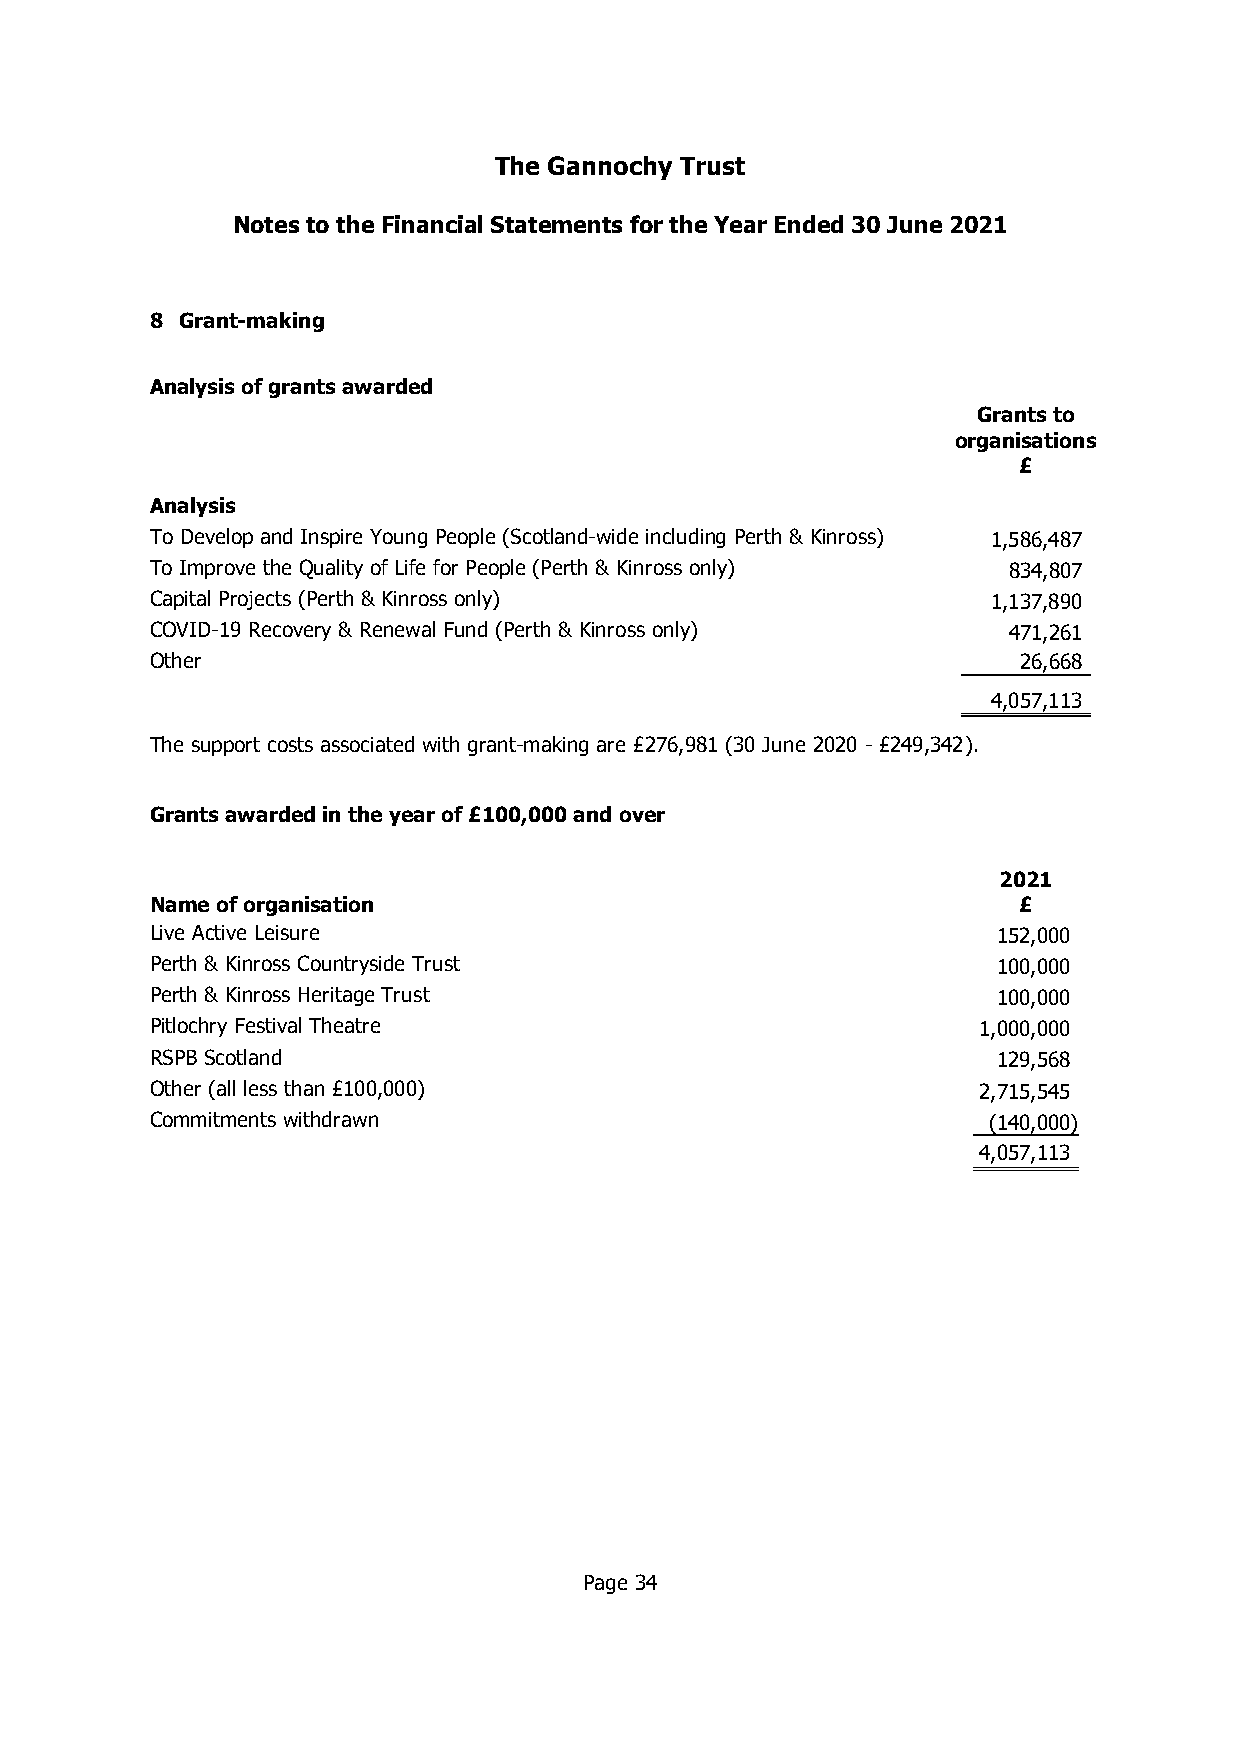
The Gannochy Trust
 Notes to the Financial Statements for the Year Ended 30 June 2021
 8 Grant-making
 Analysis ofgrants awarded
 Grants to
 organisations
 £
 Analysis
 To Develop and Inspire Young People (Scotland-wide including Perth & Kinross) 1,586,487
 To Improve the Quality of Life for People (Perth & Kinross only) 834,807
 Capital Projects (Perth & Kinross only)                 1,137,890
 COVID-19 Recovery & Renewal Fund (Perth & Kinross only)  471,261
 Other                                                    26,668
 4,057,113
 The support costs associated with grant-making are £276,981 (30 June 2020 - £249,342).
 Grants awarded inthe year of £100,000and over
 2021
 Nameof organisation                                      £
 Live Active Leisure                                     152,000
 Perth & Kinross Countryside Trust                       100,000
 Perth & Kinross Heritage Trust                          100,000
 Pitlochry Festival Theatre                             1,000,000
 RSPB Scotland                                           129,568
 Other (all less than £100,000)                         2,715,545
 Commitments withdrawn                                  (140,000)
 4,057,113
 Page 34